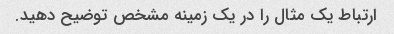
ارتباط یک مثال را در یک زمینه مشخص توضیح دهید.